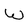
Character: W